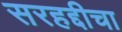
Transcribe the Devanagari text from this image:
सरहद्दीचा